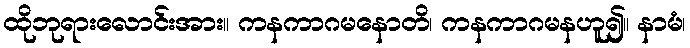
ထိုဘုရားလောင်းအား။ ကနကာဂမနောတိ၊ ကနကာဂမနဟူ၍။ နာမံ၊